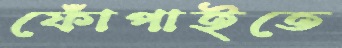
ফোঁপাইতে